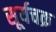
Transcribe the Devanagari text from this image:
सूर्यचक्र